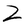
Character: Z